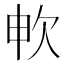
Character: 𣢘